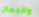
والجمال